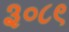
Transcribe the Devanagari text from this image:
३०८९